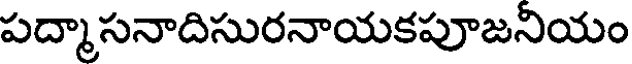
పద్మాసనాదిసురనాయకపూజనియం